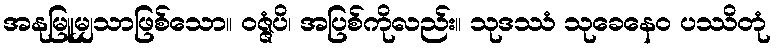
အနုမြူမျှသာဖြစ်သော။ ဝဇ္ဇံပိ၊ အပြစ်ကိုလည်း။ သုဒဿံ သုခေနေဝ ပဿိတုံ